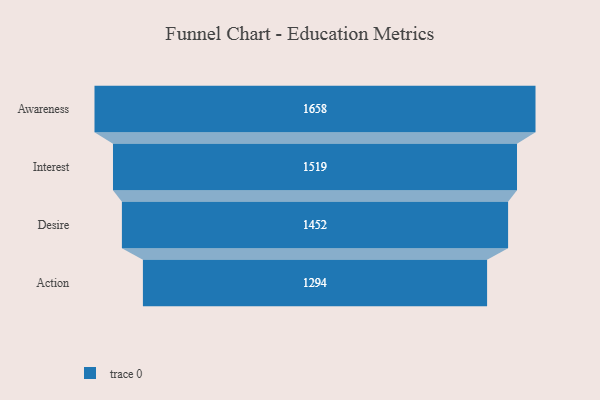
{"axis": {"x": "Stage", "y": "Value"}, "legend": [""], "data": [{"x": "Awareness", "y": 1658.0, "type": ""}, {"x": "Interest", "y": 1519.0, "type": ""}, {"x": "Desire", "y": 1452.0, "type": ""}, {"x": "Action", "y": 1294.0, "type": ""}]}